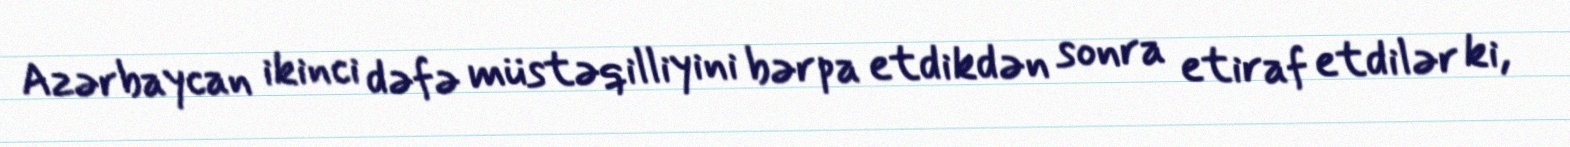
Azərbaycan ikinci dəfə müstəqilliyini bərpa etdikdən sonra etiraf etdilər ki,